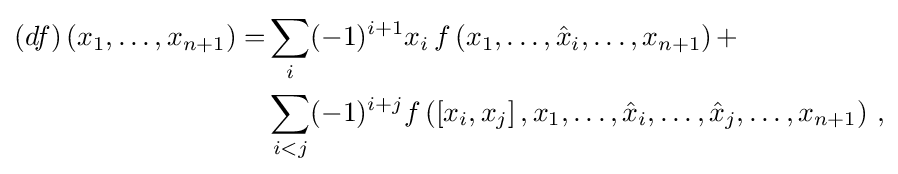
{\begin{aligned}(df)\left(x_{1},\ldots ,x_{n+1}\right)=&\sum _{i}(-1)^{i+1}x_{i}\,f\left(x_{1},\ldots ,{\hat {x}}_{i},\ldots ,x_{n+1}\right)+\\&\sum _{i<j}(-1)^{i+j}f\left(\left[x_{i},x_{j}\right],x_{1},\ldots ,{\hat {x}}_{i},\ldots ,{\hat {x}}_{j},\ldots ,x_{n+1}\right)\,,\end{aligned}}